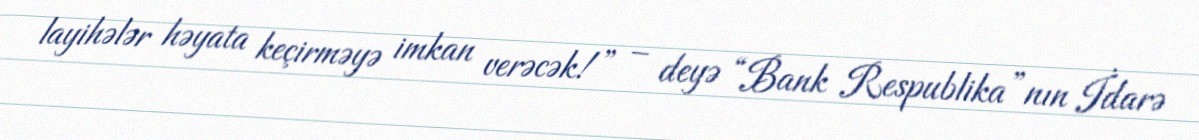
layihələr həyata keçirməyə imkan verəcək!” – deyə “Bank Respublika”nın İdarə